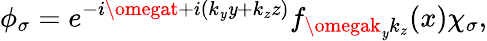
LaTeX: \phi_{\sigma}=e^{-i\omegat+i(k_{\mathit{y}}\mathit{y}+k_{z}z)}f_{\omegak_{\mathit{y}}k_{z}}(x)\chi_{\sigma},